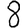
Digit: 8